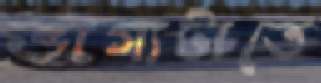
ভাগ্যটাতে